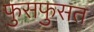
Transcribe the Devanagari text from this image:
फुसफुसत